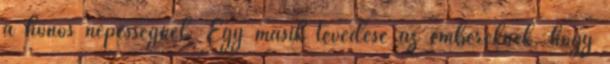
a honos népességnél. Egy másik tévedése az embereknek, hogy